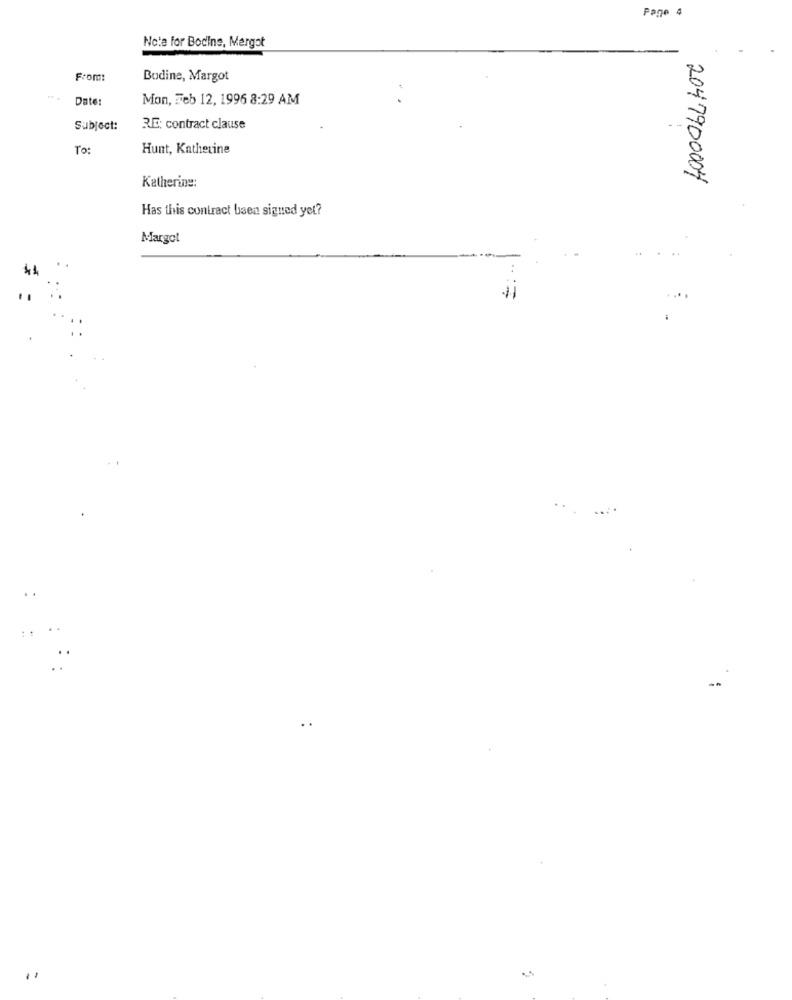
Page 4
Note for Bocine, Margot
From:
Bodine, Margot
Date:
Mon, Feb 12, 1996 8:29 AM
Subject:
RE: contract clause
To:
Hunt, Katherine
Katherine:
2047900004
Has this contract been signed yet?
Margot